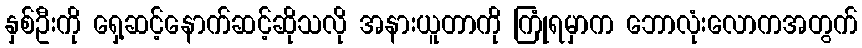
နှစ်ဦးကို ရှေ့ဆင့်နောက်ဆင့်ဆိုသလို အနားယူတာကို ကြုံရမှာက ဘောလုံးလောကအတွက်